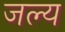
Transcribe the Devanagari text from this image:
जल्य